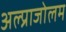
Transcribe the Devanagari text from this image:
अल्प्राजोलम